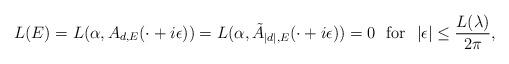
LaTeX: \begin{align*}L(E)=L(\alpha, A_{d, E}(\cdot+i\epsilon))=L(\alpha, \tilde{A}_{|d|, E}(\cdot+i\epsilon))=0\ \ \mathrm{for}\ \ |\epsilon|\leq \frac{L(\lambda)}{2\pi},\end{align*}